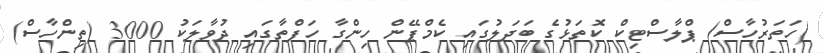
(ހަތަރުހާސް) ޕްލާސްޓިކް ކޮތަޅުގެ ބަދަލުގައި ކެމްޕޭން ހިންގާ ހަފްތާގައި ދުވާލަކު 3000 (ތިންހާސް)